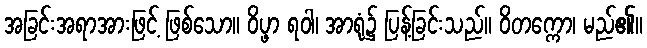
အခြင်းအရာအားဖြင့် ဖြစ်သော။ ဝိပ္ဖာ ရဝါ၊ အာရုံ၌ ပြန့်ခြင်းသည်။ ဝိတက္ကော၊ မည်၏။